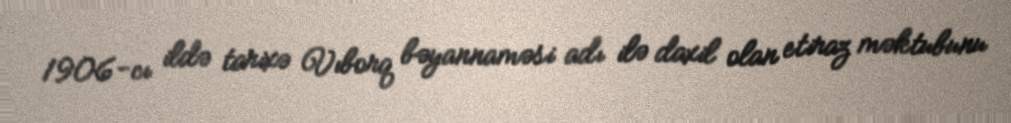
1906-cı ildə tarixə Vıborq bəyannaməsi adı ilə daxil olan etiraz məktubunu